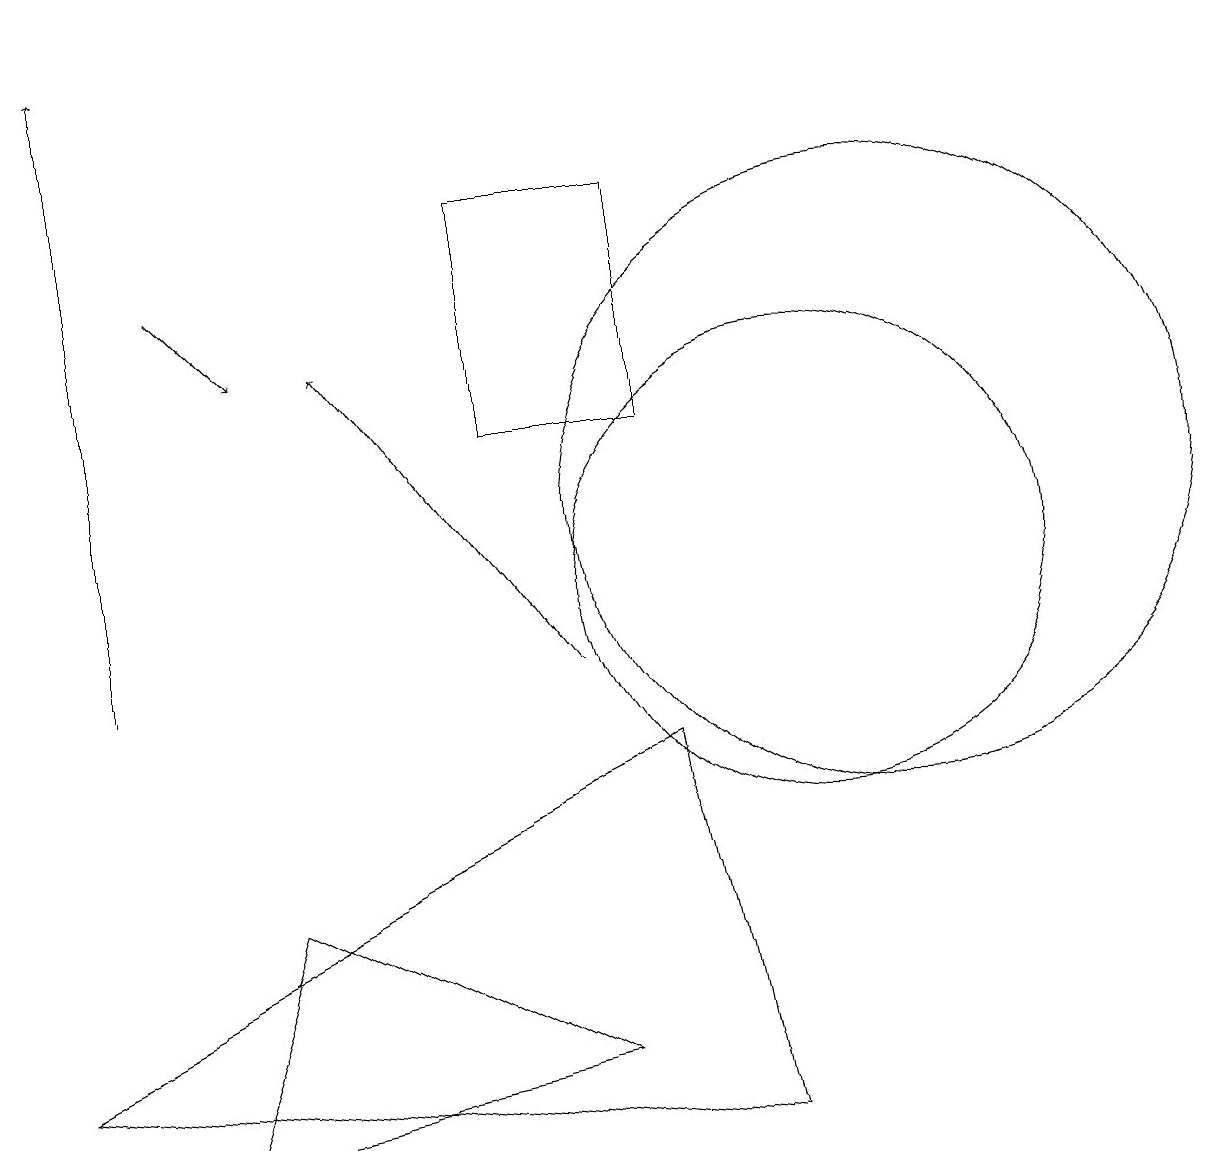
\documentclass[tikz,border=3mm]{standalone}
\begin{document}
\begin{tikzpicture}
\draw[->] (7,10) -- (4,14);
\draw (9,4) -- (8,9) -- (0,5) -- cycle;
\draw[->] (2,15) -- (3,14);
\draw (10,11) circle (3);
\draw[->] (1,10) -- (1,18);
\draw (2,4) -- (3,7) -- (7,5) -- cycle;
\draw (11,12) circle (4);
\draw (8,13) rectangle (6,16);
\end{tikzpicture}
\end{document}